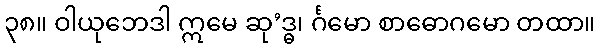
၃၈။ ဝါယုဘေဒါ ဣမေ ဆု’ဒ္ဓ၊ င်္ဂမော စာဓောဂမော တထာ။